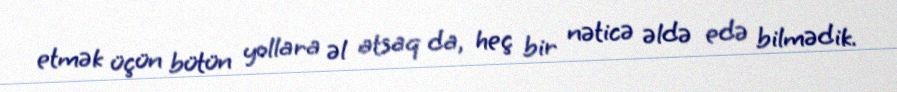
etmək üçün bütün yollara əl atsaq da, heç bir nəticə əldə edə bilmədik.